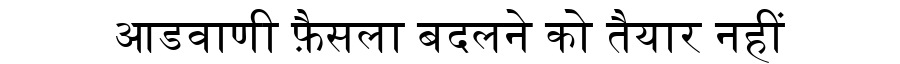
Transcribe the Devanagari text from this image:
आडवाणी फ़ैसला बदलने को तैयार नहीं